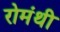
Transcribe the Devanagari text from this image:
रोमंथी